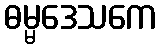
ဓမ္မဒေသကေ